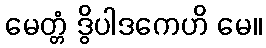
မေတ္တံ ဒွိပါဒကေဟိ မေ။